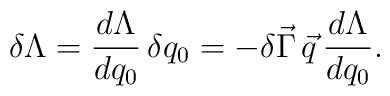
\delta \Lambda = \frac{d \Lambda}{d q_0} \, \delta q_0 = - \delta \vec{\Gamma} \, \vec{q} \, \frac{d \Lambda}{d q_0} .